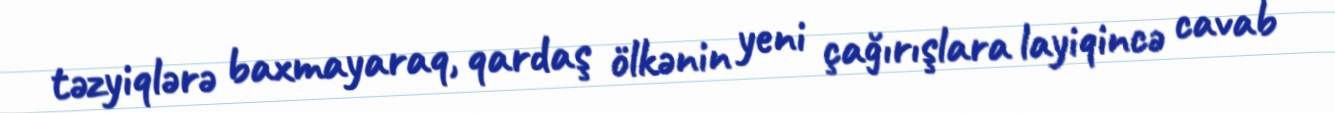
təzyiqlərə baxmayaraq, qardaş ölkənin yeni çağırışlara layiqincə cavab